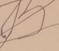
Signature authenticity: forged